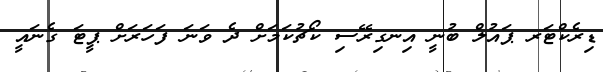
ޑިރެކްޓަރ ޕައުލް ބުނީ އިނގިރޭސި ކޯޗުކަމަށް ދެ ވަނަ ފަހަރަށް ޕީޓަ ގެނައީ